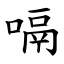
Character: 嗝